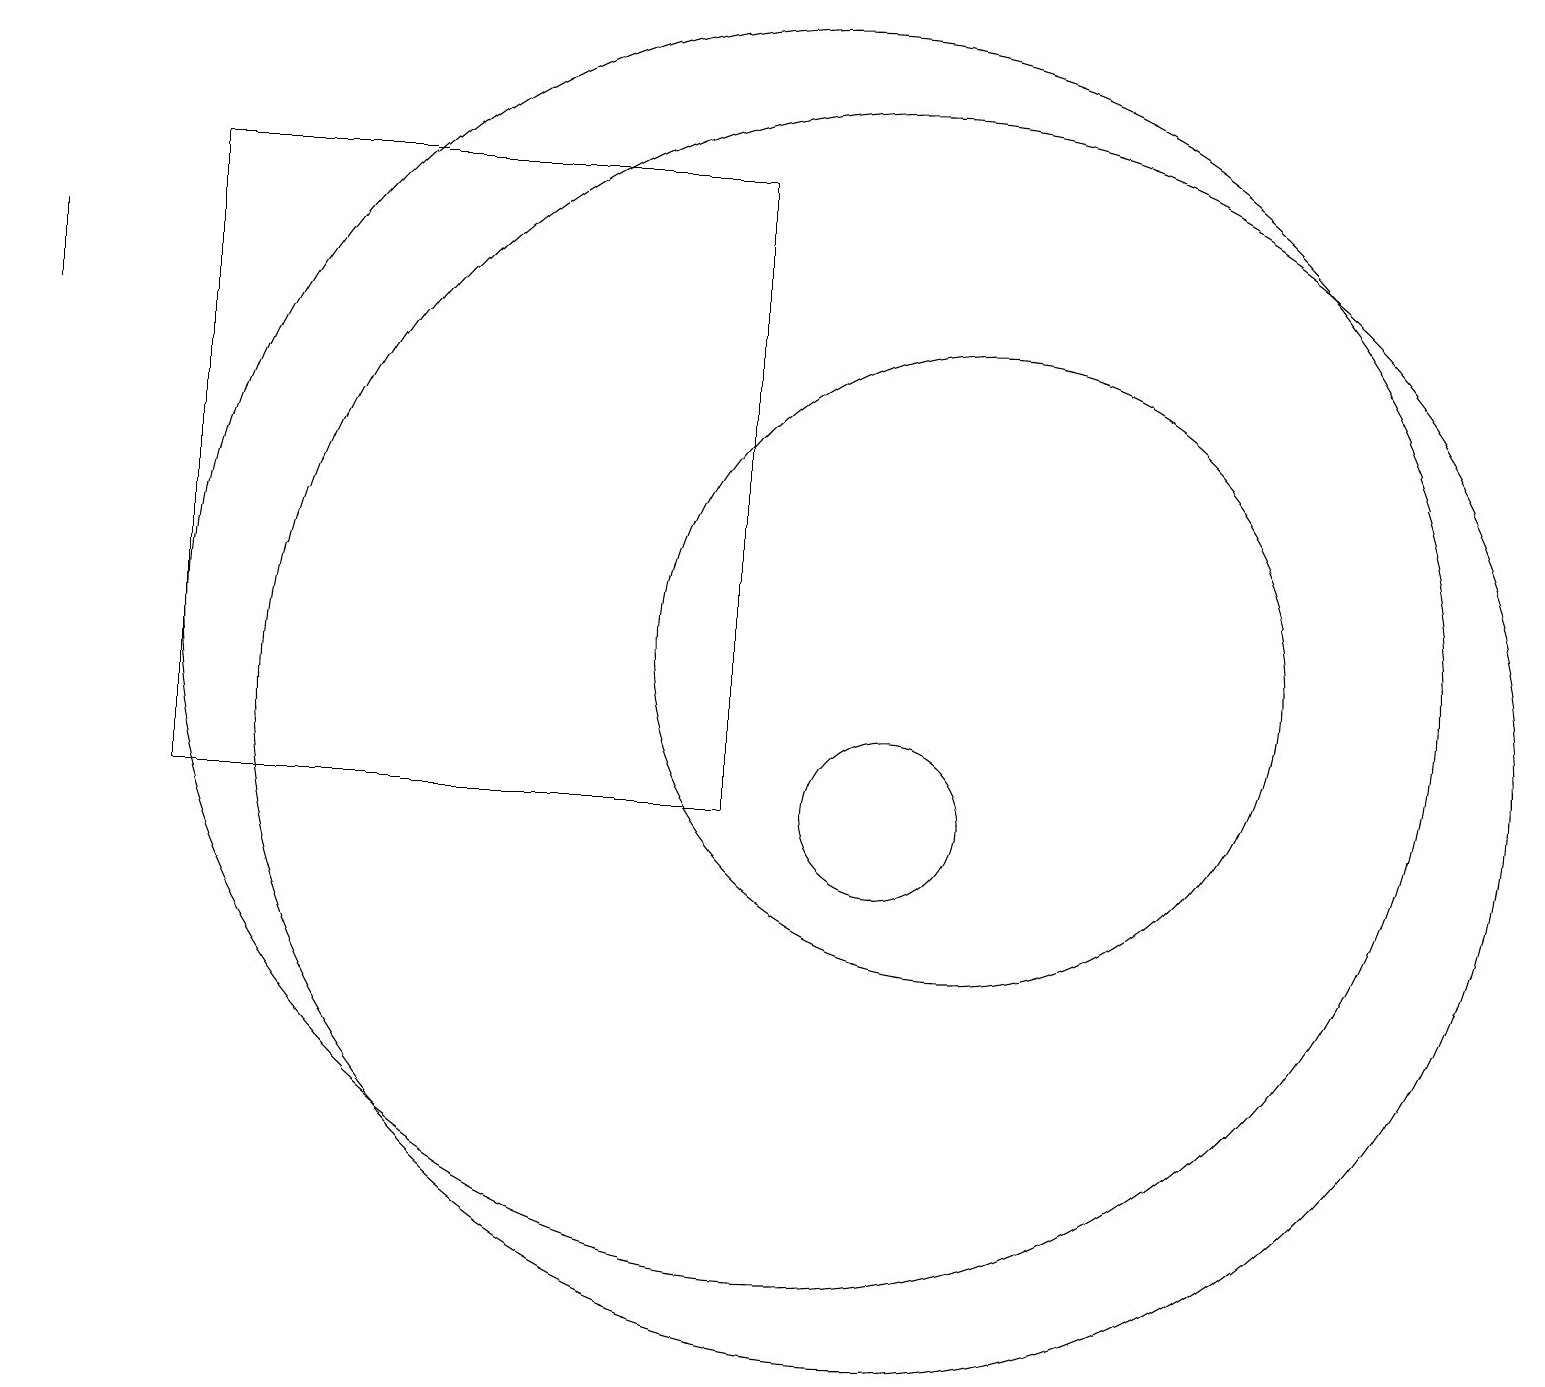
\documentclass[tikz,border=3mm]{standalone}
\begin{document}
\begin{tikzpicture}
\draw (10,12) circle (8);
\draw (0,16) rectangle (0,17);
\draw (11,11) circle (8);
\draw (11,10) circle (1);
\draw (12,12) circle (4);
\draw (2,18) rectangle (9,10);
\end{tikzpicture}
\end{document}